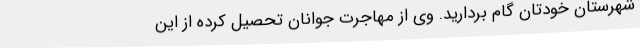
شهرستان خودتان گام بردارید. وی از مهاجرت جوانان تحصیل کرده از این